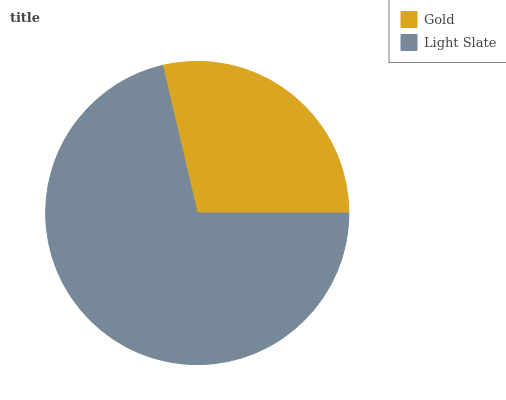
| Gold | Light Slate |
 | --- | --- |
 | 28.7% | 71.3% |